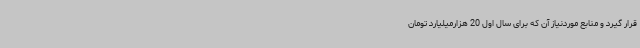
قرار گیرد و منابع موردنیاز آن که برای سال اول 20 هزارمیلیارد تومان